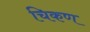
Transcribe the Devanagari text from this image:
चिकण